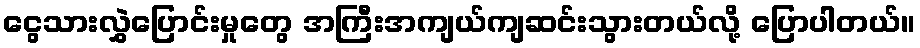
ငွေသားလွှဲပြောင်းမှုတွေ အကြီးအကျယ်ကျဆင်းသွားတယ်လို့ ပြောပါတယ်။